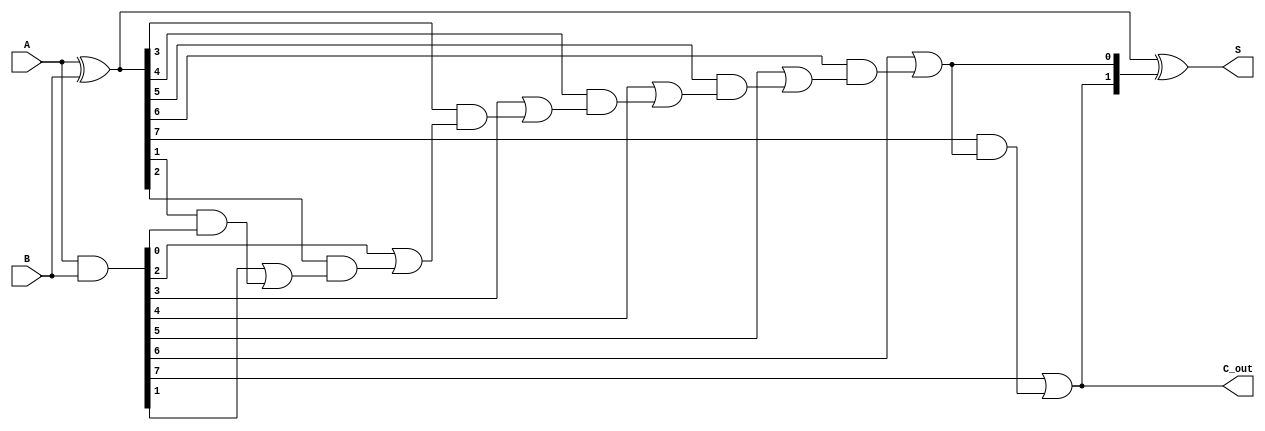
module CSPA #(parameter n = 8) (
    input [n-1:0] A,      // Input A
    input [n-1:0] B,      // Input B
    output [n-1:0] S,     // Sum output
    output C_out          // Carry out
);

    // Generate and propagate signals
    wire [n-1:0] G, P;
    assign G = A & B;              // Generate
    assign P = A ^ B;              // Propagate

    // Carry signals
    wire [n:0] C;                  // Carry signals
    assign C[0] = 1'b0;            // Initial carry-in is 0

    // Carry generation using a parallel prefix structure
    genvar i;
    generate
        for (i = 0; i < n; i = i + 1) begin : carry_gen
            if (i == 0) begin
                assign C[i + 1] = G[i] | (P[i] & C[i]); // C[1] = G[0] + (P[0] * C[0])
            end else begin
                assign C[i + 1] = G[i] | (P[i] & C[i]); // C[i+1] = G[i] + (P[i] * C[i])
            end
        end
    endgenerate

    // Sum calculation
    assign S = A ^ B ^ C[n-1:n]; // S[i] = A[i] ^ B[i] ^ C[i-1]

    // Final carry out
    assign C_out = C[n]; // Final carry out

endmodule